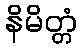
နိမိတ္တံ